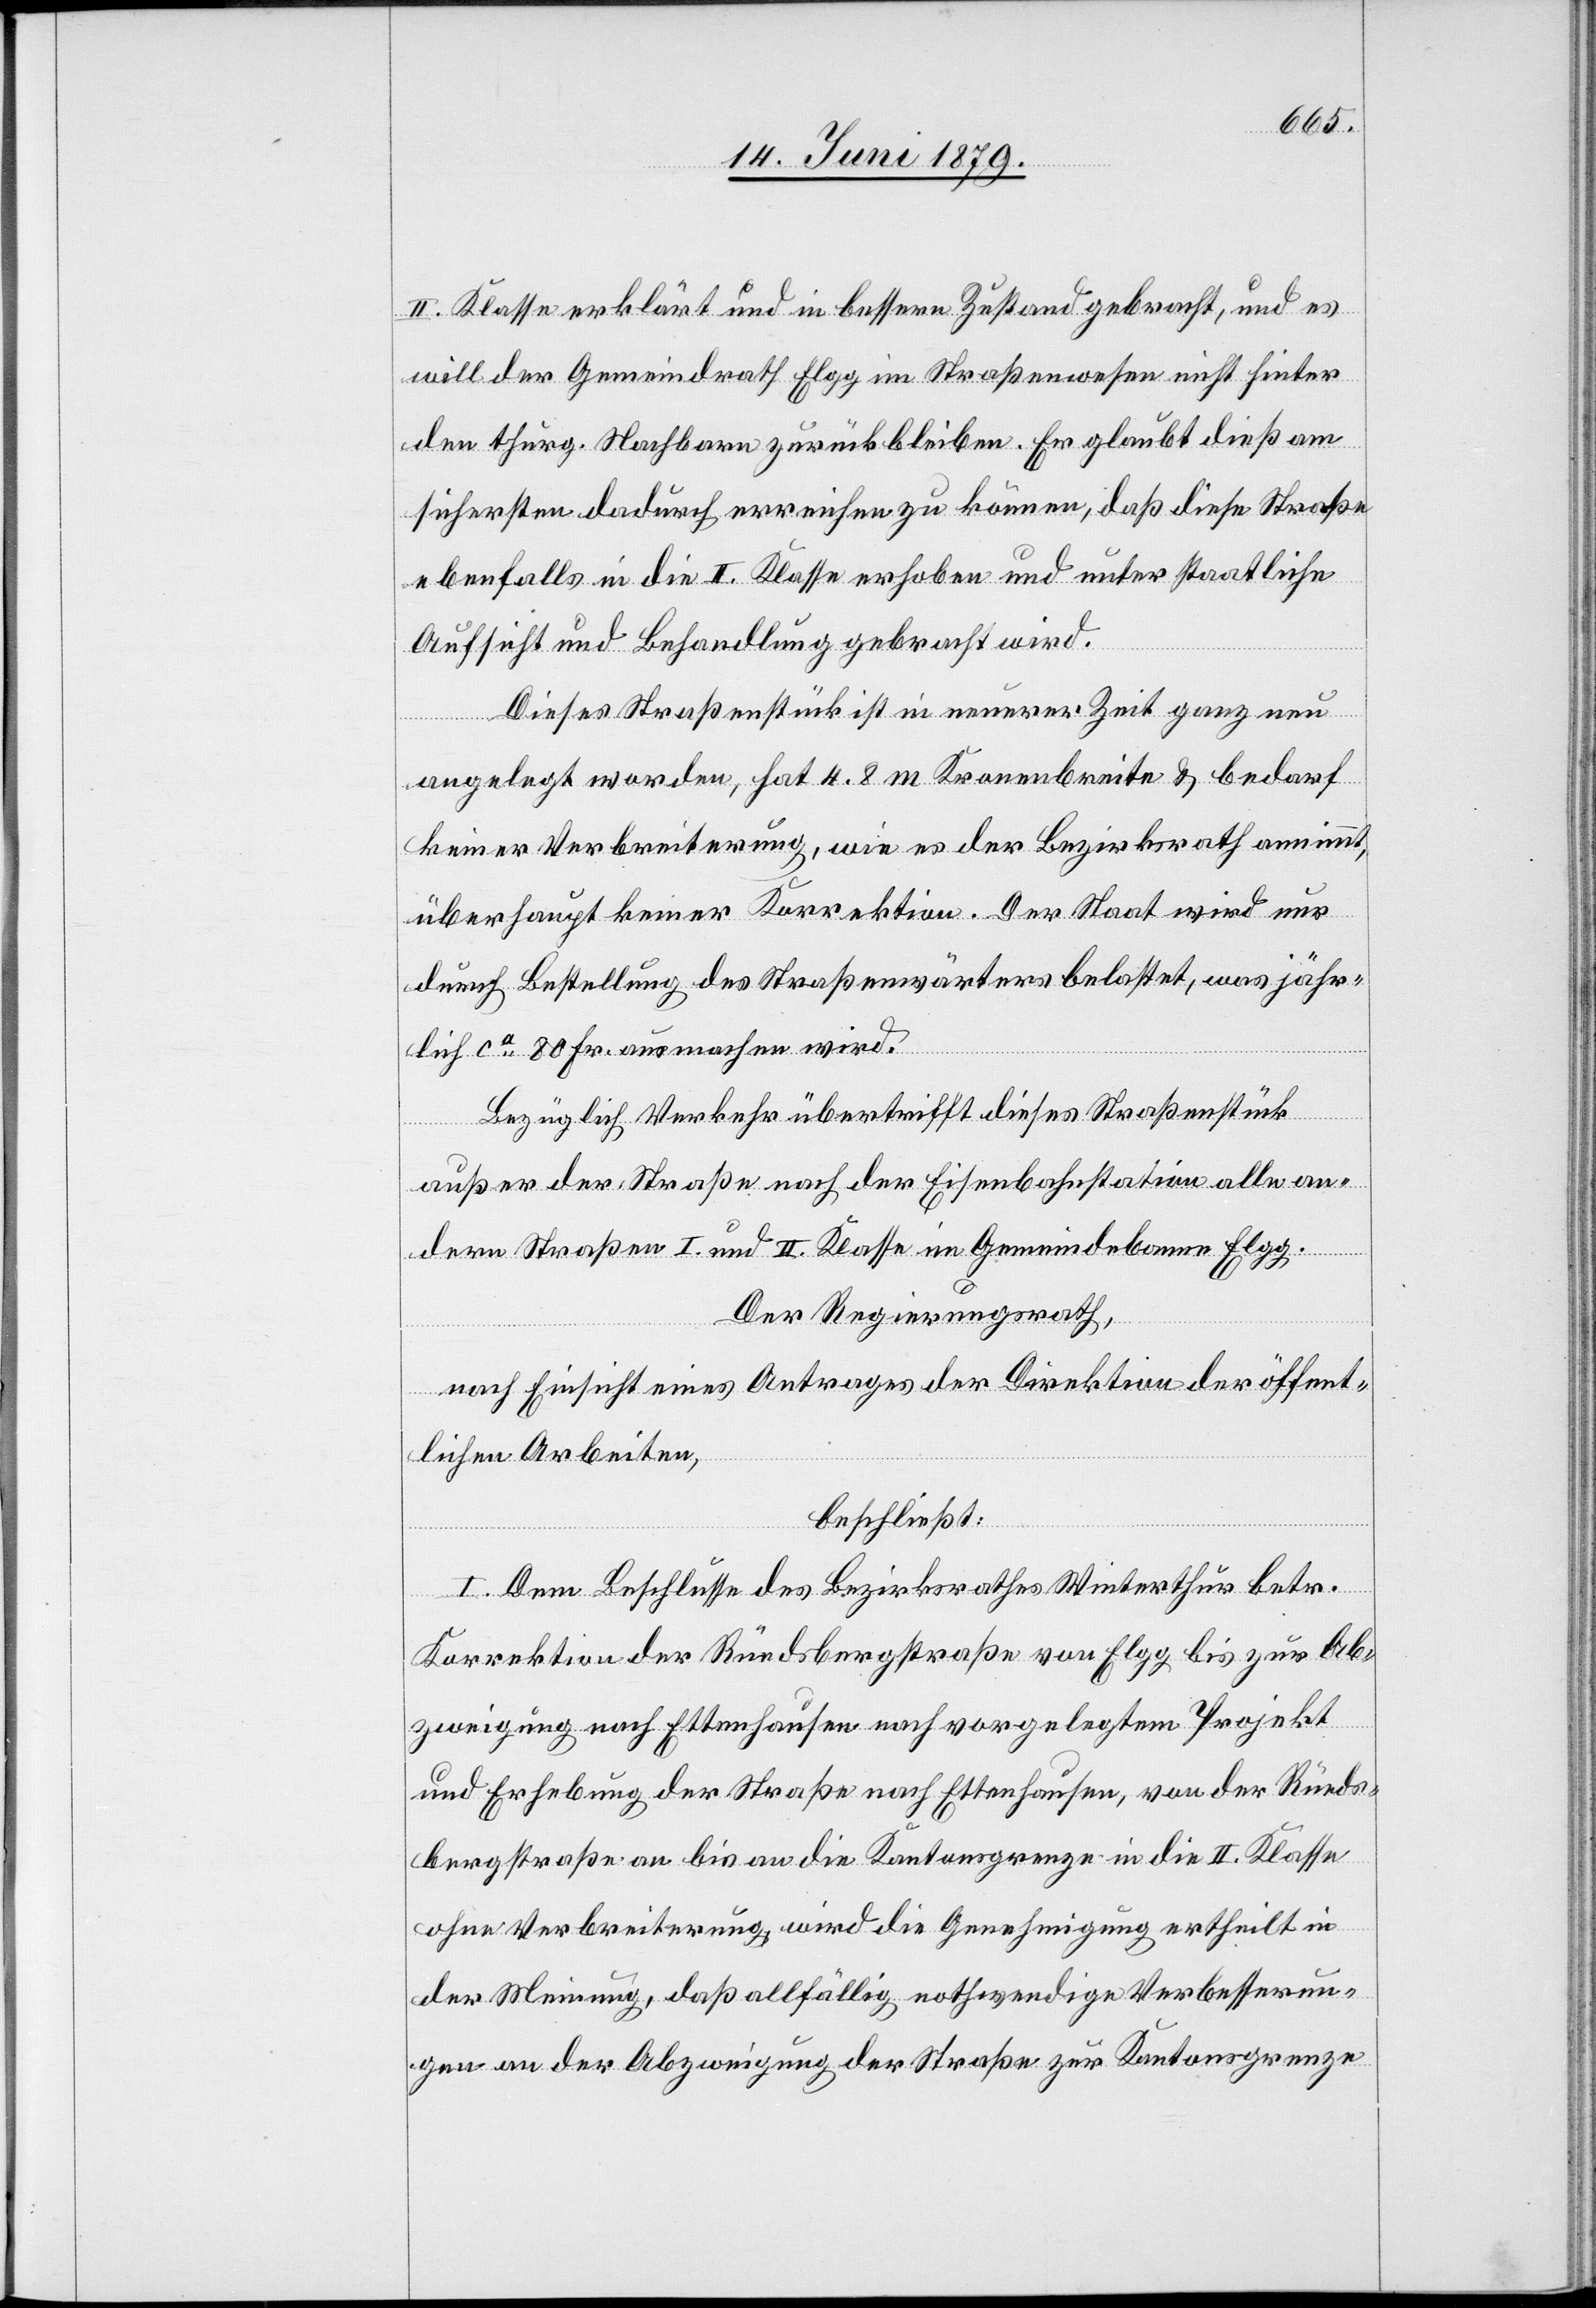
II. Klasse erklärt und in bessern Zustand gebracht, und es
will der Gemeindrath Elgg im Straßenwesen nicht hinter
den thurg. Nachbarn zurückbleiben. Er glaubt dieß am
sichersten dadurch erreichen zu können, daß diese Straße
ebenfalls in die II. Klasse erhoben und unter staatliche
Aufsicht und Behandlung gebracht wird.
Dieses Straßenstück ist in neuerer Zeit ganz neu
angelegt worden, hat 4.8 m Kronenbreite & bedarf
keiner Verbreiterung, wie es der Bezirksrath annimmt,
überhaupt keiner Korrektion. Der Staat wird nur
durch Bestellung des Straßenwärters belastet, was jähr¬
lich ca 80 Fr. ausmachen wird.
Bezüglich Verkehr übertrifft dieses Straßenstück
außer der Straße nach der Eisenbahnstation alle an¬
dern Straßen I. und II. Klasse im Gemeindebanne Elgg.
Der Regierungsrath,
nach Einsicht eines Antrages der Direktion der öffent¬
lichen Arbeiten,
beschließt:
I. Dem Beschlusse des Bezirksrathes Winterthur betr.
Korrektion der Rüedsbergstraße von Elgg bis zur Ab¬
zweigung nach Ettenhausen nach vorgelegtem Projekt
und Erhebung der Straße nach Ettenhausen, von der Rüeds¬
bergstraße an bis an die Kantonsgrenze in die II. Klasse
ohne Verbreiterung, wird die Genehmigung ertheilt in
der Meinung, daß allfällig nothwendige Verbesserun¬
gen an der Abzweigung der Straße zur Kantonsgrenze